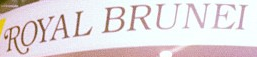
ROYAL BRUNEI